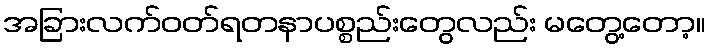
အခြားလက်ဝတ်ရတနာပစ္စည်းတွေလည်း မတွေ့တော့။